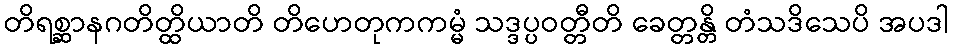
တိရစ္ဆာနဂတိတ္ထိယာတိ တိဟေတုကကမ္မံ သဒ္ဒပ္ပဝတ္တီတိ ခေတ္တန္တိ တံသဒိသေပိ အပဒါ